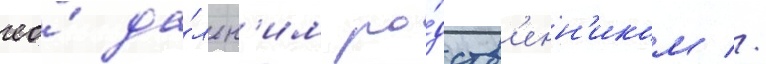
ео́ да́льн'им ро́дств'енн'иком //